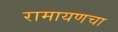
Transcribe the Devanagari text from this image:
रामायणचा